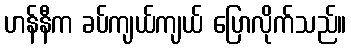
ဟန်နီက ခပ်ကျယ်ကျယ် ပြောလိုက်သည်။